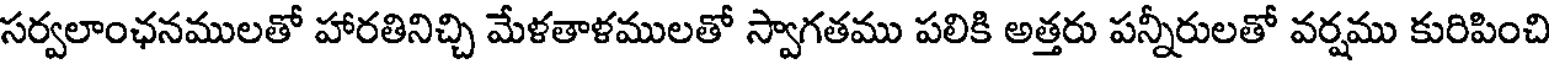
సర్వలాంఛనములతో హారతినిచ్చి మేళతాళములతో స్వాగతము పలికి అత్తరు పన్నీరులతో వర్షము కురిపించి